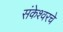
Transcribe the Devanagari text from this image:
संकेश्वरचे